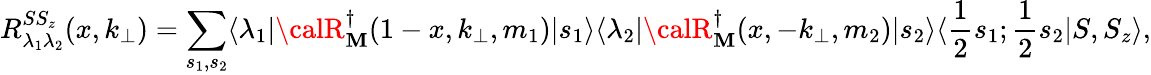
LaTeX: R_{\lambda_{1}\lambda_{2}}^{SS_{z}}(x,k_{\bot})=\sum_{s_{1},s_{2}}\langle\lambda_{1}|{\calR}_{\mathbf{M}}^{\dagger}(1-x,k_{\bot},m_{1})|s_{1}\rangle\langle\lambda_{2}|{\calR}_{\mathbf{M}}^{\dagger}(x,-k_{\bot},m_{2})|s_{2}\rangle\langle{\frac{{1}}{{2}}}s_{1};{\frac{{1}}{{2}}}s_{2}|S,S_{z}\rangle,